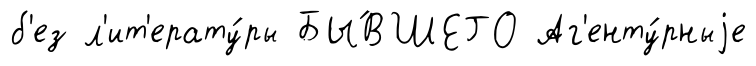
б'ез л'ит'ерату́ры БЫ́ВШЕГО Аг'енту́рныjе